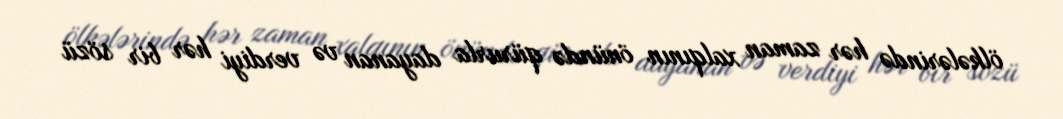
ölkələrində hər zaman xalqının önündə qürurla dayanan və verdiyi hər bir sözü